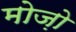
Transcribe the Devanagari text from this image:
मोज़ो